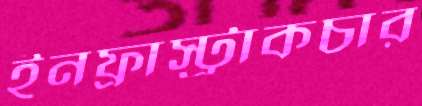
ইনফ্রাস্ট্রাকচার